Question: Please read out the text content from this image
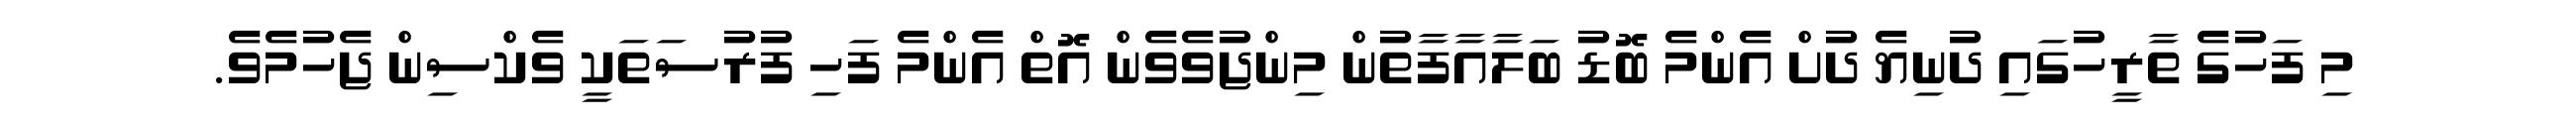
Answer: މި ފަހުގެ ތާރީހުގައި ދުނިޔެ ދުށް އެންމެ ބޮޑު ބަލާއާފާތުން މިންޖުވެވެން އޮތް އެންމެ ފަހި ފުރުސަތަކީ ވެކްސިން ޖެހުމެވެ.